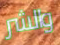
والشر